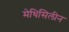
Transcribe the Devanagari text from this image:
मेथिसिलीन